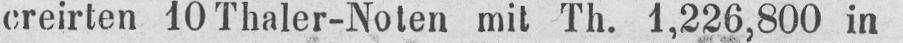
creirten 10 Thaler-Noten mit Th. 1,226,800 in